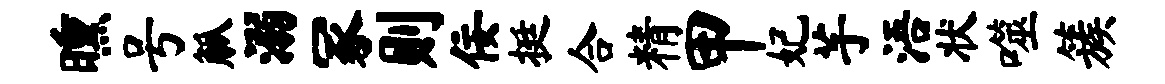
曛号觚溺冢则佞挺合精甲妃芋浯状噬簇